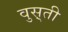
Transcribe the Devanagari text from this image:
वुस़्ती